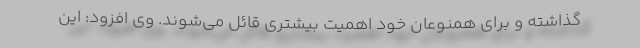
گذاشته و برای همنوعان خود اهمیت بیشتری قائل می‌شوند. وی افزود: این